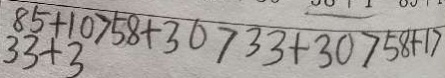
8 5 + 1 0 > 5 8 + 3 0 > 3 3 + 3 0 > 5 8 + 1 7 3 3 + 3